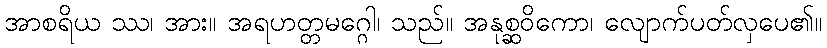
အာစရိယ ဿ၊ အား။ အရဟတ္တမဂ္ဂေါ၊ သည်။ အနုစ္ဆဝိကော၊ လျောက်ပတ်လှပေ၏။